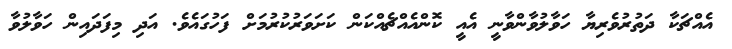
އެއްޗަކާ ދަތުރުވެރިޔާ ހަވާލުވާންވާނީ އެއީ ކޮންއެއްޗެއްކަން ކަށަވަރުކުރުމަށް ފަހުގައެވެ. އަދި މިފަދައިން ހަވާލުވާ